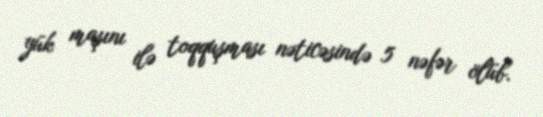
yük maşını ilə toqquşması nəticəsində 5 nəfər ölüb.